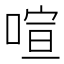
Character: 喧